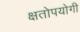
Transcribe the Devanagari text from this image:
क्षतोपयोगी